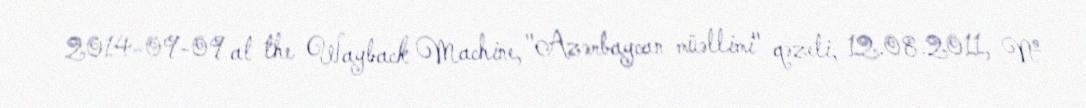
2014-09-09 at the Wayback Machine, "Azərbaycan müəllimi" qəzeti, 12.08.2011, №